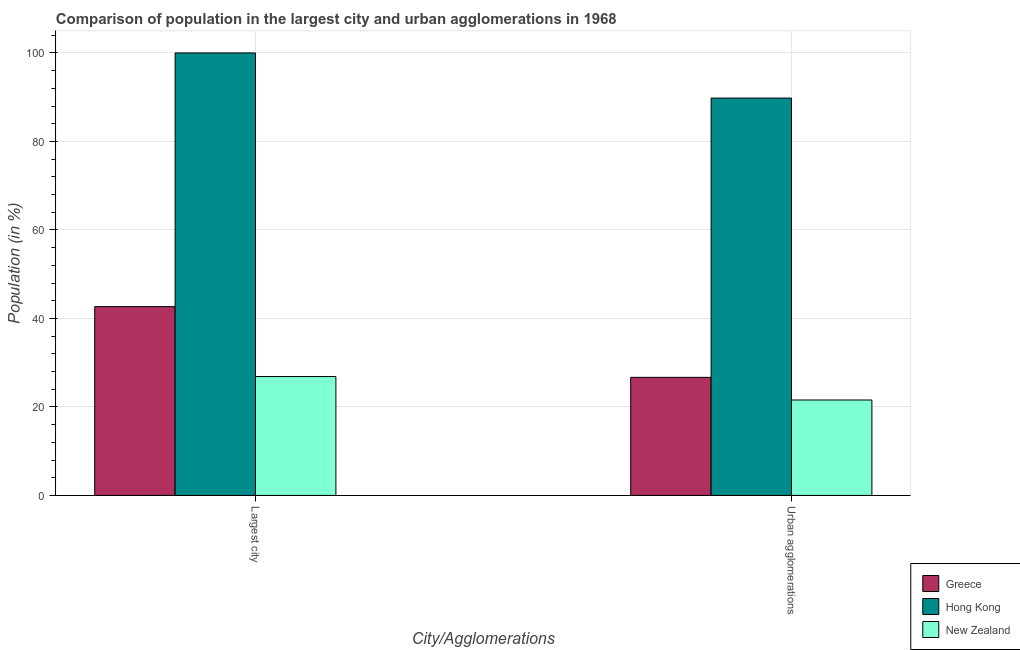
| City/Agglomerations | Greece | Hong Kong | New Zealand |
 | --- | --- | --- | --- |
 | Largest city | 42.7 | 100 | 26.9 |
 | Urban agglomerations | 26.7 | 89.8 | 21.6 |